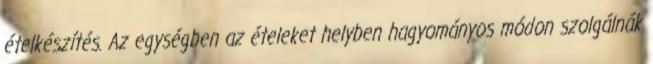
ételkészítés. Az egységben az ételeket helyben hagyományos módon szolgálnák